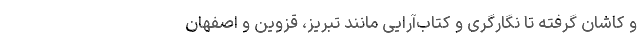
و کاشان گرفته تا نگارگری و کتاب‌آرایی مانند تبریز، قزوین و اصفهان